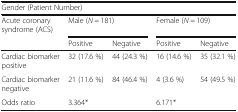
<table><thead><tr><td colspan="5"><b>Gender (Patient Number)</b></td></tr><tr><td><b>Acute coronary syndrome (ACS)</b></td><td colspan="2"><b>Male (<i>N</i> = 181)</b></td><td colspan="2"><b>Female (<i>N</i> = 109)</b></td></tr><tr><td></td><td><b>Positive</b></td><td><b>Negative</b></td><td><b>Positive</b></td><td><b>Negative</b></td></tr></thead><tbody><tr><td>Cardiac biomarker positive</td><td>32 (17.6 %)</td><td>44 (24.3 %)</td><td>16 (14.6 %)</td><td>35 (32.1 %)</td></tr><tr><td>Cardiac biomarker negative</td><td>21 (11.6 %)</td><td>84 (46.4 %)</td><td>4 (3.6 %)</td><td>54 (49.5 %)</td></tr><tr><td>Odds ratio</td><td colspan="2">3.364*</td><td colspan="2">6.171*</td></tr></tbody></table>